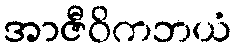
အာဇီဝိကဘယံ